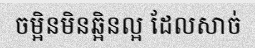
ចម្អិនមិនឆ្អិនល្អ ដែលសាច់